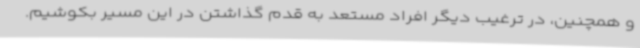
و همچنین، در ترغیب دیگر افراد مستعد به قدم گذاشتن در این مسیر بکوشیم.